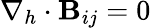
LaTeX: \nabla_{h}\cdot\mathbf{B}_{ij}=0